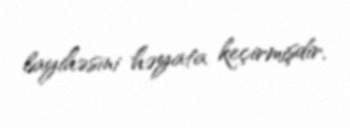
layihəsini həyata keçirmişdir.